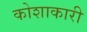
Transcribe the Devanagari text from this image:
कोशाकारी